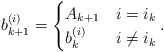
\begin{align*}b_{k + 1}^{(i)} = \begin{cases}A_{k + 1} & i = i_k\\b_k^{(i)} & i \neq i_k\end{cases}.\end{align*}